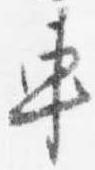
車